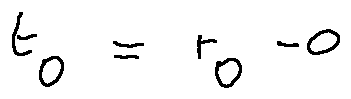
t _ { 0 } = r _ { 0 } - 0